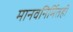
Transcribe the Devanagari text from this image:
मानवनिर्मितही